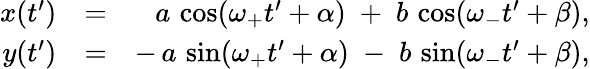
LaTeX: \begin{array}{rlr}{x(t^{\prime})}&{=}&{a\, \cos(\omega_{+}t^{\prime}+\alpha)\; +\; b\, \cos(\omega_{-}t^{\prime}+\beta),}\\ {y(t^{\prime})}&{=}&{-\, a\, \sin(\omega_{+}t^{\prime}+\alpha)\; -\; b\, \sin(\omega_{-}t^{\prime}+\beta),}\end{array}